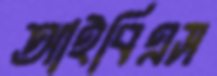
আইবিএস